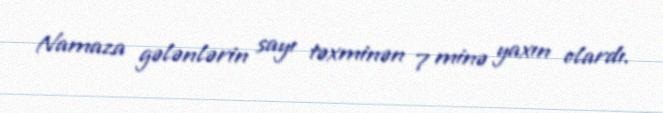
Namaza gələnlərin sayı təxminən 7 minə yaxın olardı.